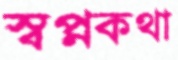
স্বপ্নকথা